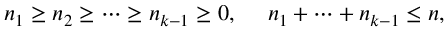
n _ { 1 } \geq n _ { 2 } \geq \cdots \geq n _ { k - 1 } \geq 0 , ~ ~ ~ ~ n _ { 1 } + \cdots + n _ { k - 1 } \leq n ,